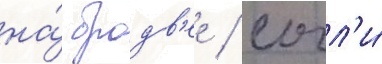
на́ бродв'ее / сочл'и́